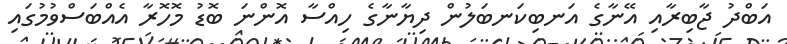
އަބްދު ޖާބިރާއި އޭނާގެ އަނބިކަނބަލުން ދިޔާނާގެ ހިއްސާ އޮންނަ ބޮޑު މޮހޮރާ އެއްބަސްވުމުގައި